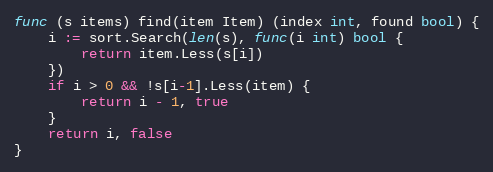
Language: Go
func (s items) find(item Item) (index int, found bool) {
	i := sort.Search(len(s), func(i int) bool {
		return item.Less(s[i])
	})
	if i > 0 && !s[i-1].Less(item) {
		return i - 1, true
	}
	return i, false
}